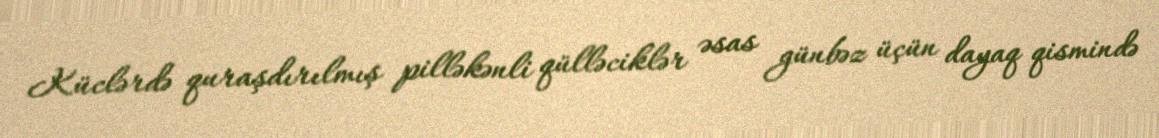
Küclərdə quraşdırılmış pilləkənli qülləciklər əsas günbəz üçün dayaq qismində